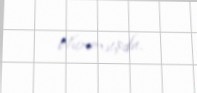
olunmuşdu.